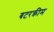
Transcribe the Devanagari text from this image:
बटरक्रीम